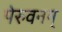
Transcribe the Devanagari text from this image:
पेरुवनम्